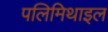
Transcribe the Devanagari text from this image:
पलिमिथाइल